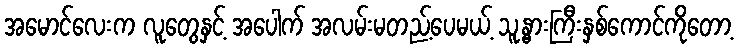
အမောင်လေးက လူတွေနှင့် အပေါက် အလမ်းမတည့်ပေမယ့် သူ့နွားကြီးနှစ်ကောင်ကိုတော့